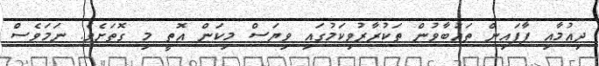
ދިއުމާއި ފާފައިން ތައުބާވުން ތަކުރާރުވިކަމުގައި ވިޔަސް މިކަން އޮތީ މި ގޮތަށެވެ. ނަމަވެސް